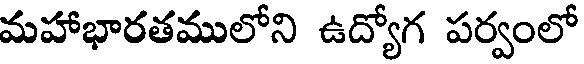
మహాభారతములోని ఉద్యోగ పర్వంలో